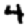
Digit: 4